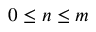
0 \leq n \leq m